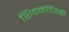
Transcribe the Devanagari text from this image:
शिवमंदिरही